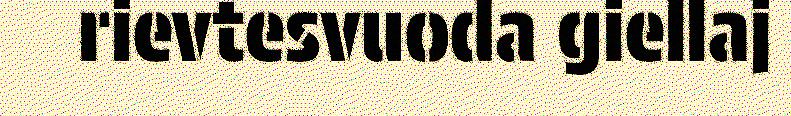
rievtesvuoda giellaj